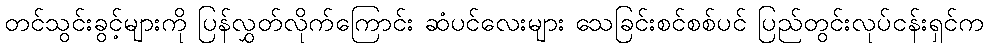
တင်သွင်းခွင့်များကို ပြန်လွှတ်လိုက်ကြောင်း ဆံပင်လေးများ သေခြင်းစင်စစ်ပင် ပြည်တွင်းလုပ်ငန်းရှင်က